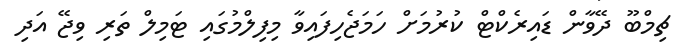
ޗިމްބޫ ދޭވާން ޑައިރެކްޓް ކުރުމަށް ހަމަޖެހިފައިވާ މިފިލްމުގައި ޓަމިލް ތަރި ވިޖޭ އަދި